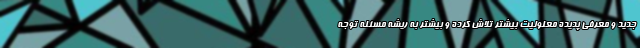
جدید و معرفی پدیده معلولیت بیشتر تلاش کرده و بیشتر به ریشه مسئله توجه